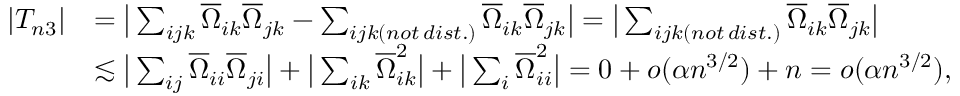
\begin{array} { r l } { | T _ { n 3 } | } & { = \big | \sum _ { i j k } \overline { { \Omega } } _ { i k } \overline { { \Omega } } _ { j k } - \sum _ { i j k ( n o t \, d i s t . ) } \overline { { \Omega } } _ { i k } \overline { { \Omega } } _ { j k } \big | = \big | \sum _ { i j k ( n o t \, d i s t . ) } \overline { { \Omega } } _ { i k } \overline { { \Omega } } _ { j k } \big | } \\ & { \lesssim \big | \sum _ { i j } \overline { { \Omega } } _ { i i } \overline { { \Omega } } _ { j i } \big | + \big | \sum _ { i k } \overline { { \Omega } } _ { i k } ^ { 2 } \big | + \big | \sum _ { i } \overline { { \Omega } } _ { i i } ^ { 2 } \big | = 0 + o ( \alpha n ^ { 3 / 2 } ) + n = o ( \alpha n ^ { 3 / 2 } ) , } \end{array}